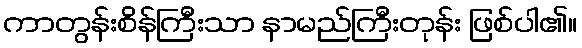
ကာတွန်းစိန်ကြီးသာ နာမည်ကြီးတုန်း ဖြစ်ပါ၏။